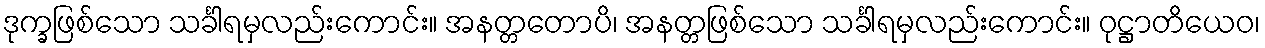
ဒုက္ခဖြစ်သော သင်္ခါရမှလည်းကောင်း။ အနတ္တတောပိ၊ အနတ္တဖြစ်သော သင်္ခါရမှလည်းကောင်း။ ဝုဋ္ဌာတိယေဝ၊